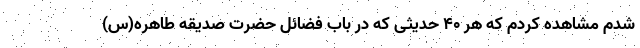
شدم مشاهده کردم که هر ۴۰ حدیثی که در باب فضائل حضرت صدیقه طاهره(س)